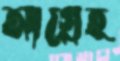
আগ্রেহ